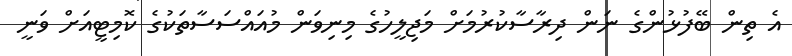
އެ ތިން ބޭފުޅުންގެ ނަން ދިރާސާކުރުމަށް މަޖިލީހުގެ މިނިވަން މުއައްސަސާތަކުގެ ކޮމިޓީއަށް ވަނީ